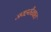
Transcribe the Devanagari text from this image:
जयहरीखाल